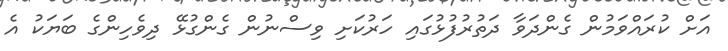
އަށް ކުރައްވަމުން ގެންދަވާ ދަތުރުފުޅުގައި ހަރުކަށި ވިސްނުން ގެންގުޅޭ ދިވެހިންގެ ބަޔަކު އެ